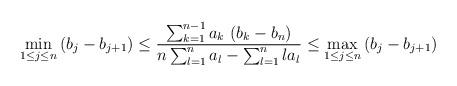
LaTeX: \begin{align*}\min_{1\leq j\leq n}\left( b_{j}-b_{j+1}\right) \leq\frac{\sum_{k=1}^{n-1}a_{k}\,\left( b_{k}-b_{n}\right) }{n\sum_{l=1}^{n}a_{l}-\sum_{l=1}^{n}la_{l}}\leq\max_{1\leq j\leq n}\left( b_{j}-b_{j+1}\right)\end{align*}